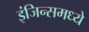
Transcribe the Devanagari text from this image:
इंजिन्समध्ये